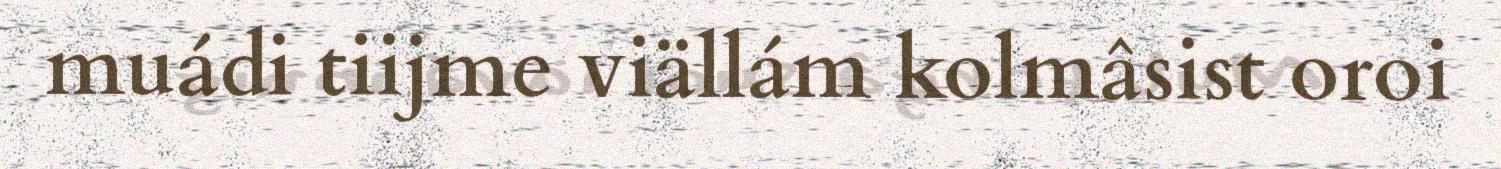
muádi tiijme viällám kolmâsist oroi